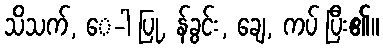
သိသက်, ေ-ါ ပြု, န်ခွင်း, ချေ, ကပ် ပြီး၏။